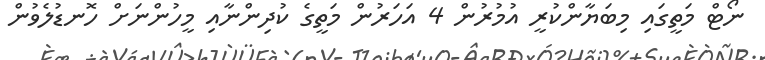
ނޯޓް މަތީގައި މިބަޔާންކުރީ އުމުރުން 4 އަހަރުން މަތީގެ ކުދިންނާއި މީހުންނަށް ހޮނޑުލެވުން